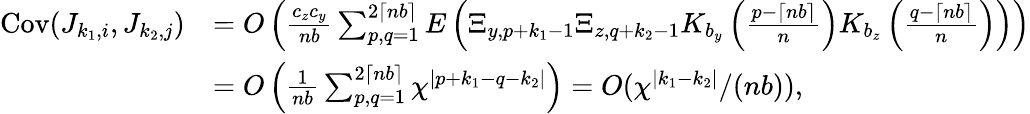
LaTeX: \begin{array}{rl}{\mathrm{Cov}(J_{k_{1},i},J_{k_{2},j})}&{=O\left(\frac{c_{z}c_{y}}{nb}\sum_{p,q=1}^{2\lceil nb\rceil}E\left(\Xi_{y,p+k_{1}-1}\Xi_{z,q+k_{2}-1}K_{b_{y}}\left(\frac{p-\lceil nb\rceil}{n}\right)K_{b_{z}}\left(\frac{q-\lceil nb\rceil}{n}\right)\right)\right)}\\ &{=O\left(\frac{1}{nb}\sum_{p,q=1}^{2\lceil nb\rceil}\chi^{|p+k_{1}-q-k_{2}|}\right)=O(\chi^{|k_{1}-k_{2}|}/(nb)),}\end{array}